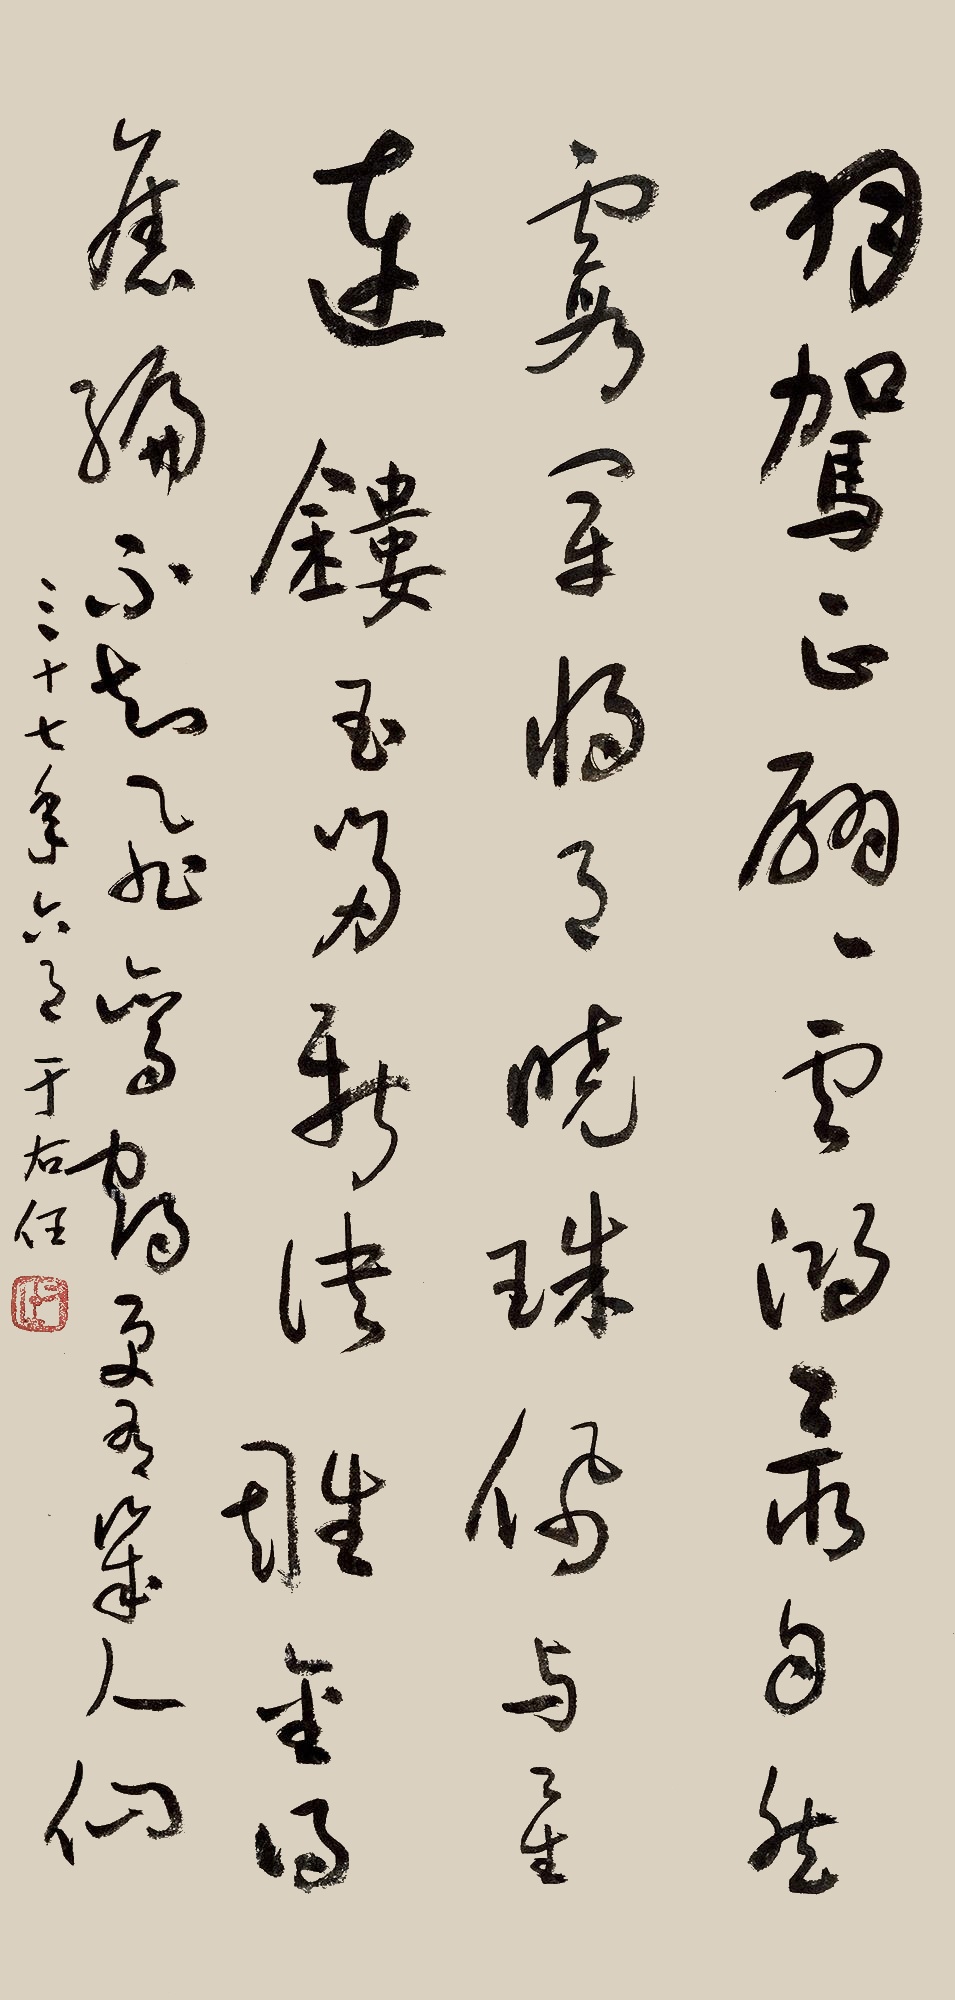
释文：羽驾正翩翩，云鸿最自然。霞冠将月晓，珠佩与星连。镂玉留新诀，雕金得旧编。不知飞鸾鹤，更有几人仙。三十七（1948）年六月，于右任。